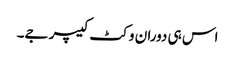
اس ہی دوران وکٹ کیپر جے۔